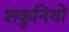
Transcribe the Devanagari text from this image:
शकुनियों